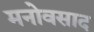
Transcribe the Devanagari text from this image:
मनोवसाद